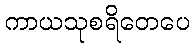
ကာယသုစရိတေပေ